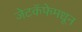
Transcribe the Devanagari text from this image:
जेटकॅफेमधून